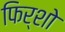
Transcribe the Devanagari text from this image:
फिर्शो